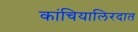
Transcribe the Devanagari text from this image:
कांचियालिरदात